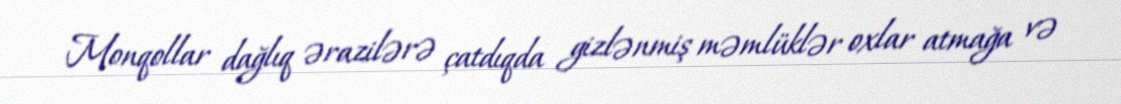
Monqollar dağlıq ərazilərə çatdıqda gizlənmiş məmlüklər oxlar atmağa və